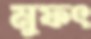
মুফৎ